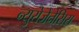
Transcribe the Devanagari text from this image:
न्युरोजेनेसिस